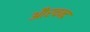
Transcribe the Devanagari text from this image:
औरचन्द्र